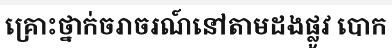
គ្រោះថ្នាក់ចរាចរណ៍នៅតាមដងផ្លូវ បោក